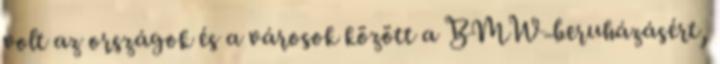
volt az országok és a városok között a BMW-beruházásért,